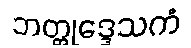
ဘတ္တုဒ္ဒေသကံ